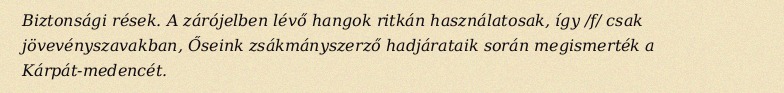
Biztonsági rések. A zárójelben lévő hangok ritkán használatosak, így /f/ csak jövevényszavakban, Őseink zsákmányszerző hadjárataik során megismerték a Kárpát-medencét.